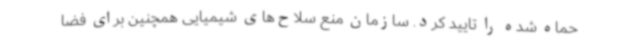
حماه شده را تایید کرد. سازمان منع سلاح‌های شیمیایی همچنین برای فضا